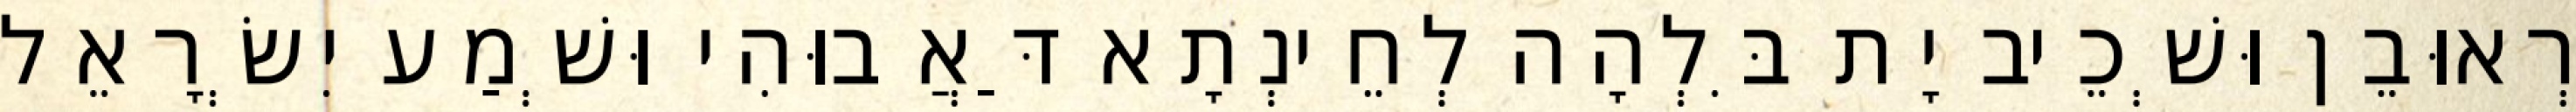
רְאוּבֵן וּשְׁכֵיב יָת בִּלְהָה לְחֵינְתָא דַּאֲבוּהִי וּשְׁמַע יִשְׂרָאֵל